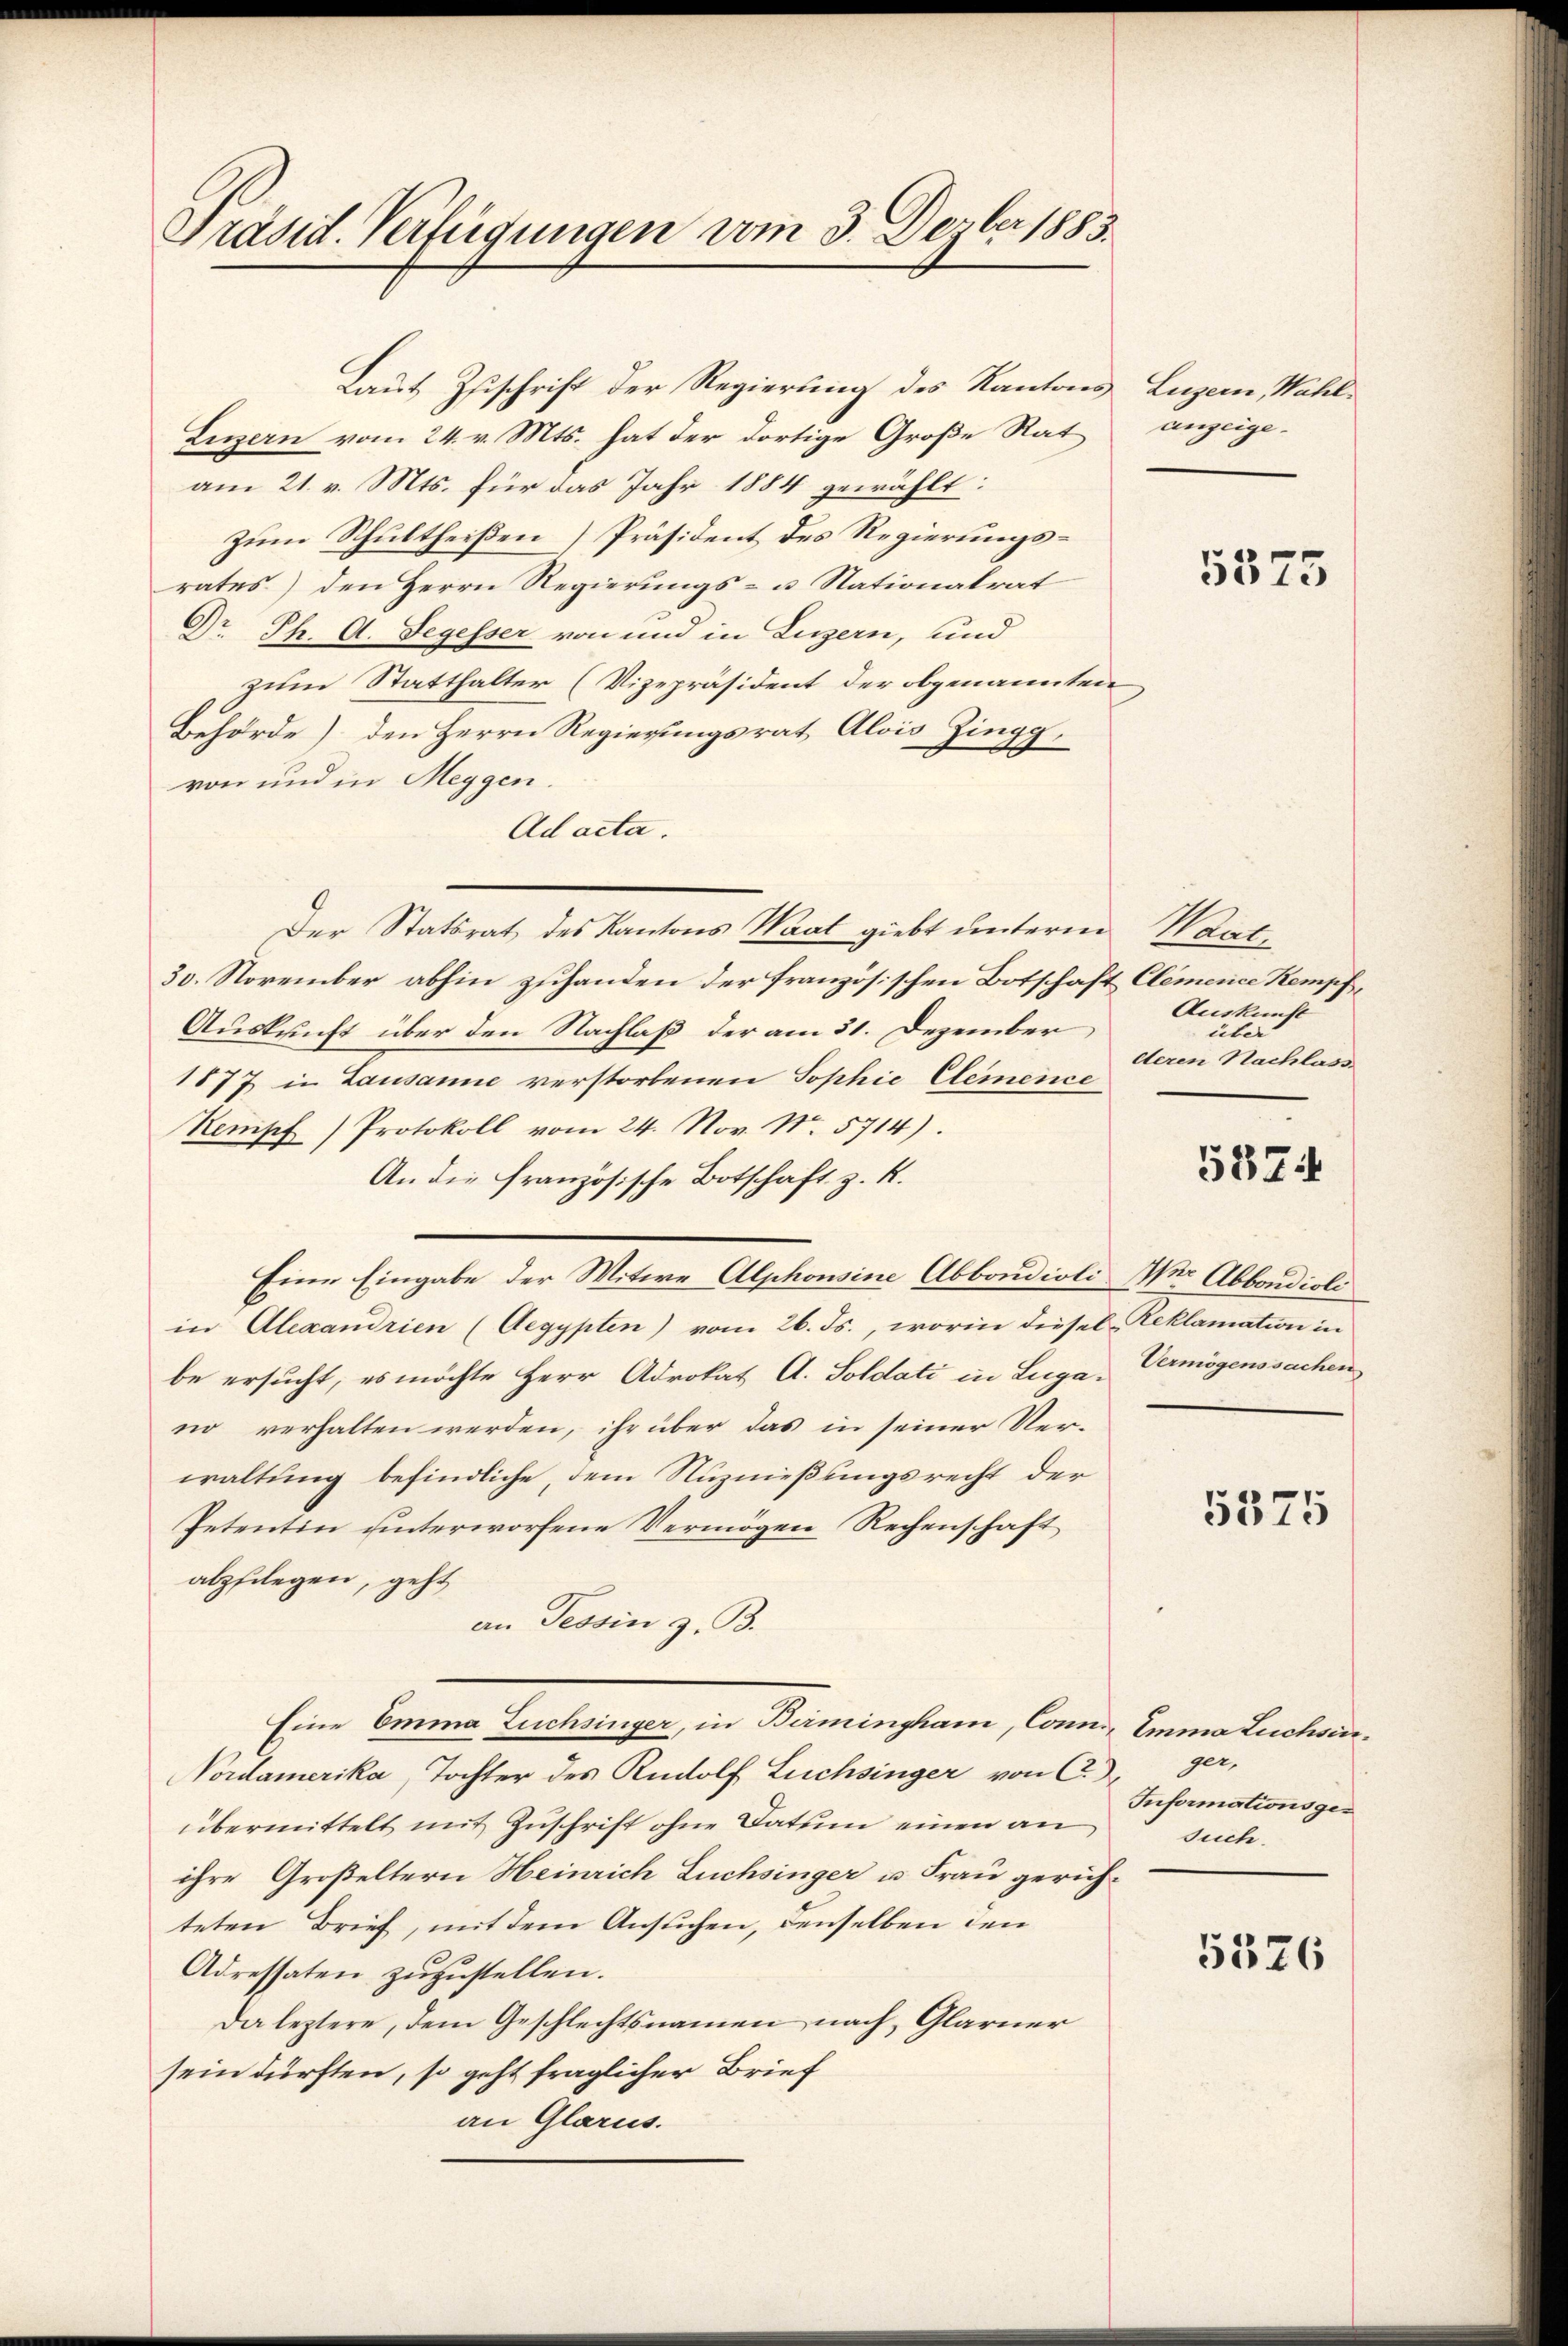
Präsid. Verfügungen vom 3. Dezber 1883.

Laut Zuschrift der Regierung des Kantons
Luzern vom 24. v. Mts. hat der dortige Große Rat
am 21. v. Mts. für das Jahr 1884 gewählt:
zum Schultheißen Präsident des Regierungsrates) den Herrn Regierungs- u. Nationalrat
Dr. Ph. A. Segesser von und in Luzern, und
zum Statthalter (Vizepräsident der obgenannten
Behörde) den Herrn Regierungsrat Alois Zingg
von und in Meygen.
Ad acta.
Der Statsrat des Kantons Waat giebt unterm
30. November abhin zuhanden der französischen Botschaft
Auskunft über den Nachlaß der am 31. Dezember
1877 in Lausanne verstorbenen Sophie Clemence
Kempf) Protokoll vom 24. Nov. N. 5714).
An die französische Botschaft z. R.
Eine Eingabe der Witwe Alphonsine Abbondioli Wer Abbondioli
in Alexandrien (Aegypten) vom 26. Js., worin diesel Reklamation in
be ersucht, es möchte Herr Adrokat A. Soldati in Luga, Vermögenssachen
no verhalten werden, ihr über das in seiner Verwaltung befindliche, dem Nuznießungsrecht der
Petentin unterworfene Vermögen Rechenschaft
alpflegen, geht
an Tessin z. B.
Eine Emma Zuchsinger, in Birmingham, Conn, Emma Luchsin¬
Vordamerika, Tochter des Rudolf Lüchsinger von C.
übermittelt mit Zuschrift ohne Datum einen an
ihre Großeltern Heinrich Luchsinger u Frau gerichteten Brief, mit dem Ansuchen, denselben den
Adressaten zuzustellen.
Da leztere, dem Geschlechtsnamen nach Glarner
sein dürften, so geht fraglicher Brief
an Glarus.

Luzern, Wahl.
anzeige¬

x

5575

Vert
7 Clemence Kempf
Auskunft
über
deren Nachlass

5874

5375

ger,
Informationsgesuch

5326